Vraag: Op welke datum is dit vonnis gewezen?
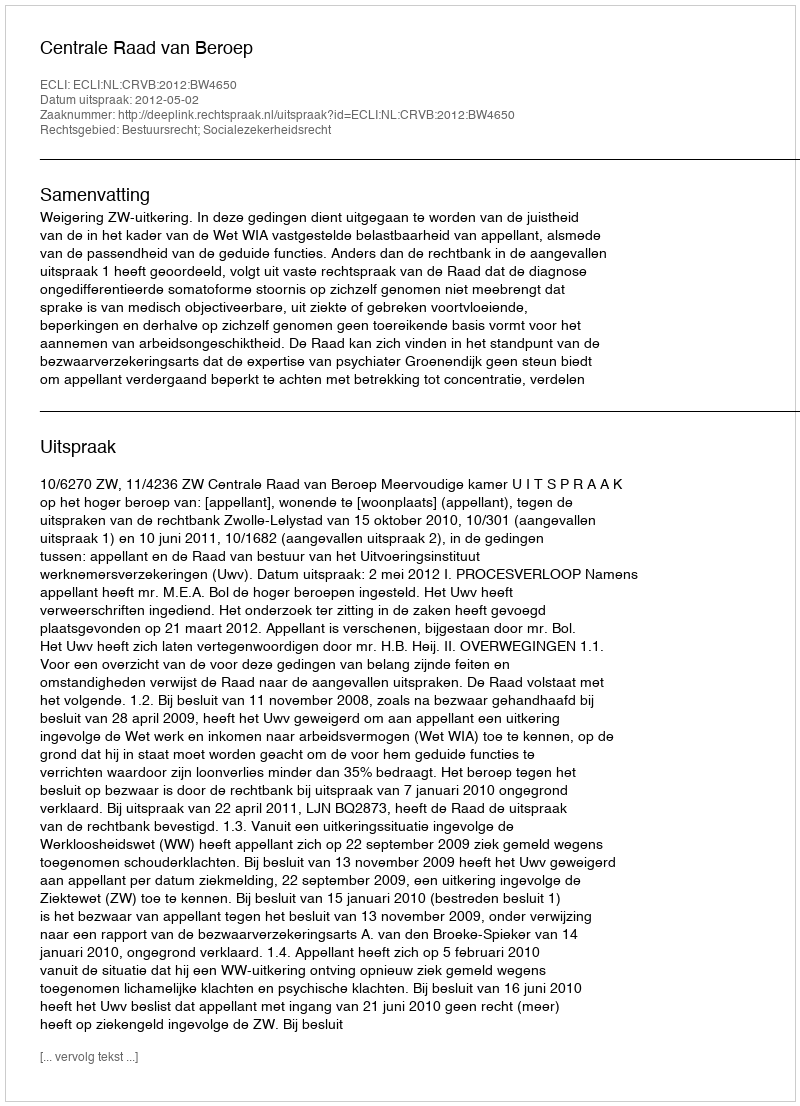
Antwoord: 2012-05-02